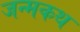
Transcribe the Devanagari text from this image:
जन्मकथ